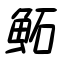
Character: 鮖